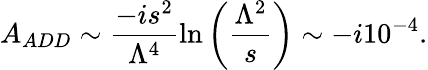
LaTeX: A_{ADD}\sim\frac{-is^{2}}{\Lambda^{4}}\ln\left(\frac{\Lambda^{2}}{s}\right)\sim-i10^{-4}.